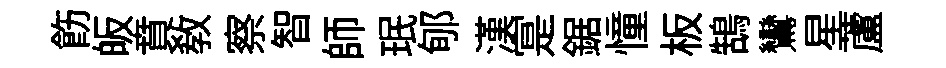
飭皈賁教察智師珉郇漢寔鋸憧板鵠鸞星蘆